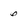
Character: 6